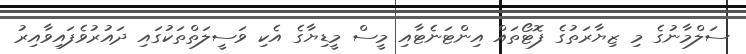
ސަލްމާނުގެ މި ޒިޔާރަތުގެ ފޮޓޯތައް އިންޓަނެޓާއި މީސް މީޑިޔާގެ އެކި ވަސީލަތްތަކުގައި ދައުރުވެފައިވާއިރު